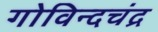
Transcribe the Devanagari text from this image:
गोविन्दचंद्र